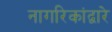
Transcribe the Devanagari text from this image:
नागरिकांद्वारे